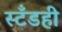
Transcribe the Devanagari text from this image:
स्टँडही